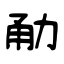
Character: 勈